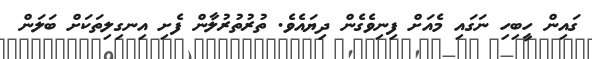
ގައިން ހީބިހި ނަގައި މެއަށް ފިނިވެގެން ދިޔައެވެ. ތުރުތުރުލާން ފެށި އިނގިލިތަކަށް ބަލަން